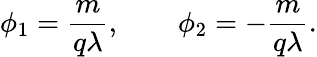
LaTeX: \phi_{1}=\frac{m}{q\lambda},\qquad\phi_{2}=-\frac{m}{q\lambda}.